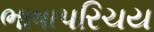
ભાષાપરિચય